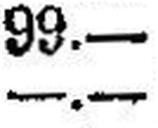
—.—